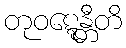
တုဝဋ္ဋေန္တီတိ